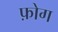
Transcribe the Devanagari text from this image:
फ़ोग